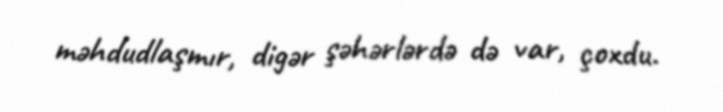
məhdudlaşmır, digər şəhərlərdə də var, çoxdu.